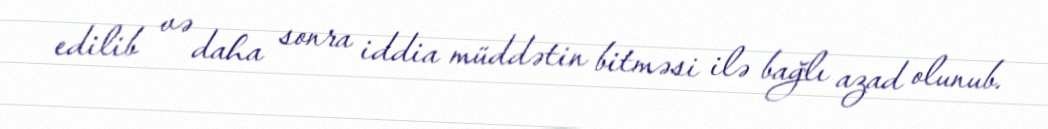
edilib və daha sonra iddia müddətin bitməsi ilə bağlı azad olunub.